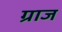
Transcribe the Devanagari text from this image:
ग्राज